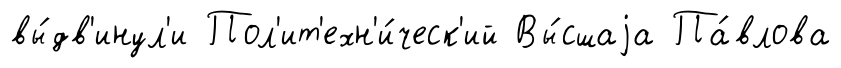
вы́дв'инул'и Пол'ит'ехн'и́ческ'ий Вы́сшаjа Па́влова